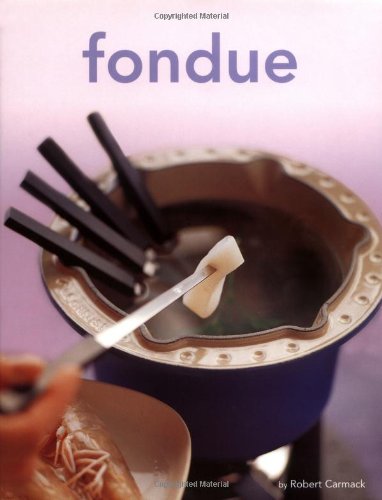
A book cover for Fondue (Tuttle Mini Cookbook); Robert Carmack; Cookbooks, Food & Wine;